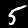
Label: 5